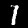
Label: 1